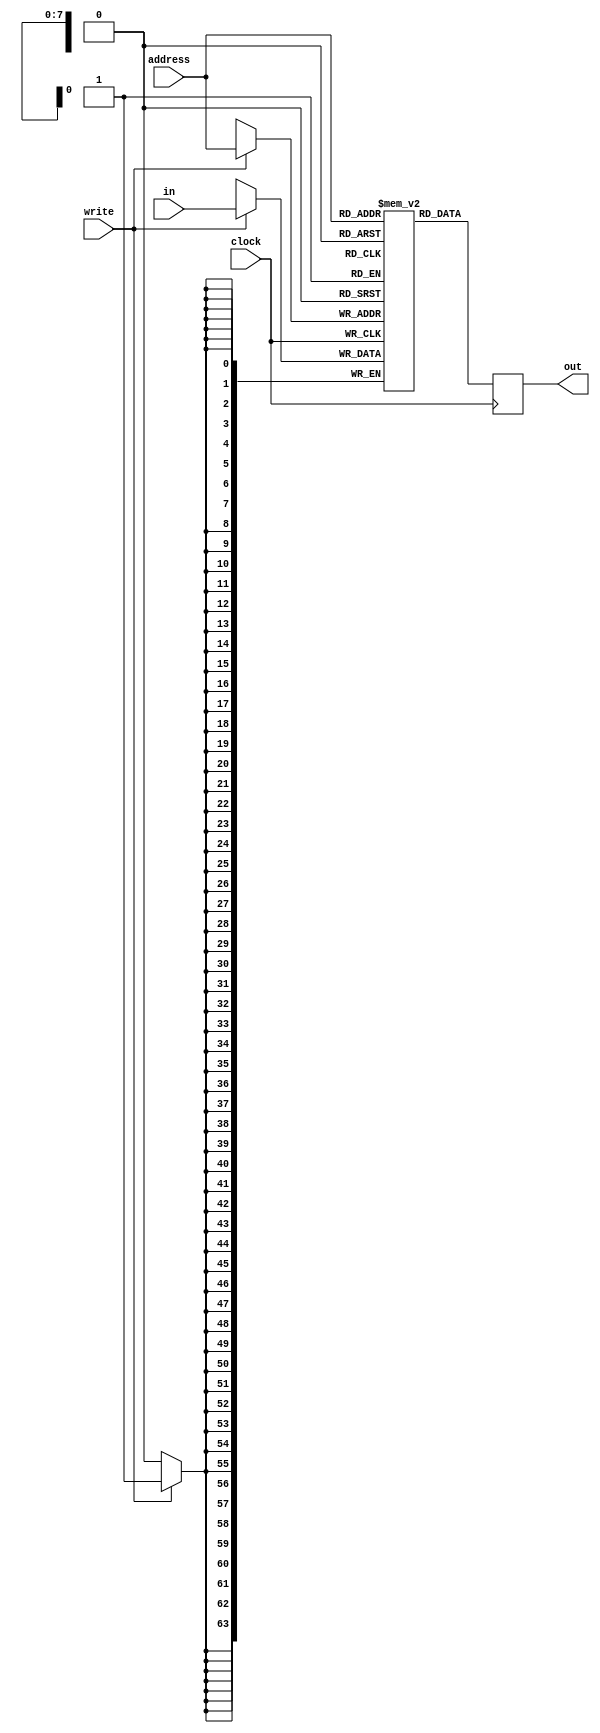
module RAM256x64(address, clock, in, write, out);
			input [7:0] address;
			input clock;
			input [63:0] in;
			input write;
			output reg [63:0] out;
			
			reg [63:0] mem [0:225];
			
			not U1(clk, clock);
			
			always @(posedge clk) begin
			
					if(write) begin
								mem[address] <= in;
					end
			end
			
			always @(posedge clk)begin
						out<= mem[address];
			end
endmodule